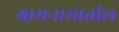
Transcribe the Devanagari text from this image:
ग्रामनामातील